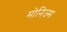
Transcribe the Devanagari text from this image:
मोनिज्म